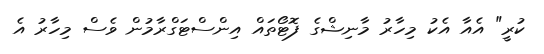
ކުރީ" އެއާ އެކު މިހާރު މާނިޝްގެ ފޮޓޯތައް އިންސްޓަގްރާމުން ވެސް މިހާރު އެ